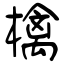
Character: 檎